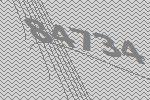
84734